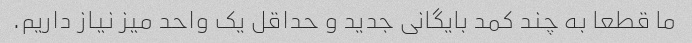
ما قطعا به چند کمد بایگانی جدید و حداقل یک واحد میز نیاز داریم.